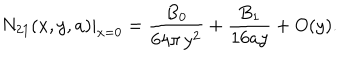
LaTeX: N _ { 2 1 } ( x , y , a ) | _ { x = 0 } = \frac { B _ { 0 } } { 6 4 \pi \, y ^ { 2 } } + \frac { B _ { 1 } } { 1 6 a y } + O ( y ) .